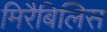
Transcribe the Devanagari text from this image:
मिरैबिलिस